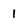
Character: 1